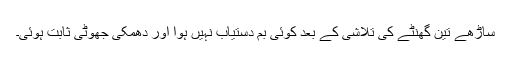
ساڑھے تین گھنٹے کی تلاشی کے بعد کوئی بم دستیاب نہیں ہوا اور دھمکی جھوٹی ثابت ہوئی۔